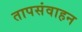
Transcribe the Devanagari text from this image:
तापसंवाहन